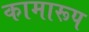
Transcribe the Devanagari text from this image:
कामारूप